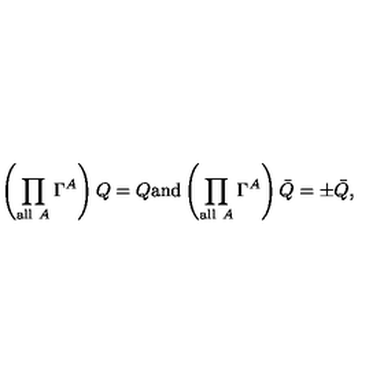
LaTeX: \left( \prod _ { \mathrm { a l l \ } A } \Gamma ^ { A } \right) Q = Q \mathrm { a n d } \left( \prod _ { \mathrm { a l l \ } A } \Gamma ^ { A } \right) \bar { Q } = \pm \bar { Q } ,